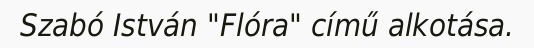
Szabó István "Flóra" című alkotása.